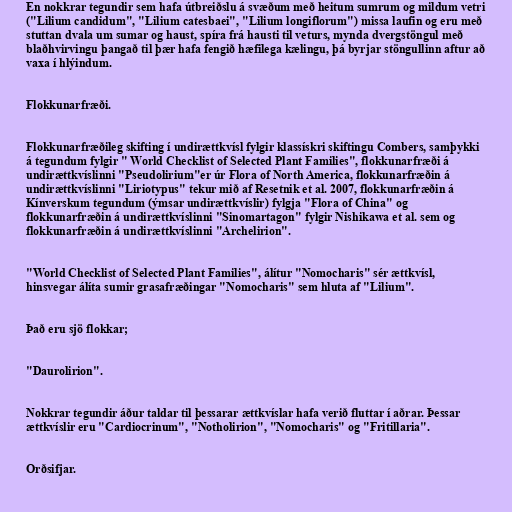
En nokkrar tegundir sem hafa útbreiðslu á svæðum með heitum sumrum og mildum vetri
("Lilium candidum", "Lilium catesbaei", "Lilium longiflorum") missa laufin og eru með
stuttan dvala um sumar og haust, spíra frá hausti til veturs, mynda dvergstöngul með
blaðhvirvingu þangað til þær hafa fengið hæfilega kælingu, þá byrjar stöngullinn aftur að
vaxa í hlýindum.

Flokkunarfræði.

Flokkunarfræðileg skifting í undirættkvísl fylgir klassískri skiftingu Combers, samþykki
á tegundum fylgir " World Checklist of Selected Plant Families", flokkunarfræði á
undirættkvíslinni "Pseudolirium"er úr Flora of North America, flokkunarfræðin á
undirættkvíslinni "Liriotypus" tekur mið af Resetnik et al. 2007, flokkunarfræðin á
Kínverskum tegundum (ýmsar undirættkvíslir) fylgja "Flora of China" og
flokkunarfræðin á undirættkvíslinni "Sinomartagon" fylgir Nishikawa et al. sem og
flokkunarfræðin á undirættkvíslinni "Archelirion".

"World Checklist of Selected Plant Families", álítur "Nomocharis" sér ættkvísl,
hinsvegar álíta sumir grasafræðingar "Nomocharis" sem hluta af "Lilium".

Það eru sjö flokkar;

"Daurolirion".

Nokkrar tegundir áður taldar til þessarar ættkvíslar hafa verið fluttar í aðrar. Þessar
ættkvíslir eru "Cardiocrinum", "Notholirion", "Nomocharis" og "Fritillaria".

Orðsifjar.